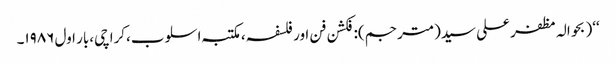
‘‘( بحوالہ مظفر علی سید(مترجم):فکشن فن اور فلسفہ،مکتبہ اسلوب،کراچی،بار اول ۱۹۸۶۔